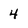
Character: 4